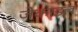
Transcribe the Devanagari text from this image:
जेकाइल